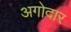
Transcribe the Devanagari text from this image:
अगोदार